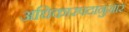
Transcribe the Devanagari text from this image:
अधिकारपदानुसार